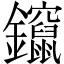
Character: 鑹